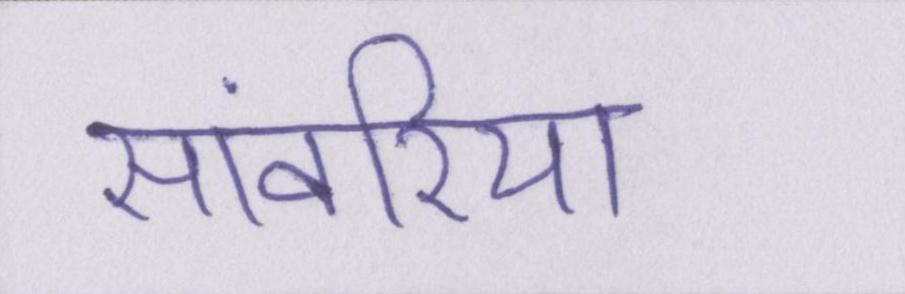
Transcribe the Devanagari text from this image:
सांवरिया